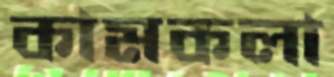
কামকলা